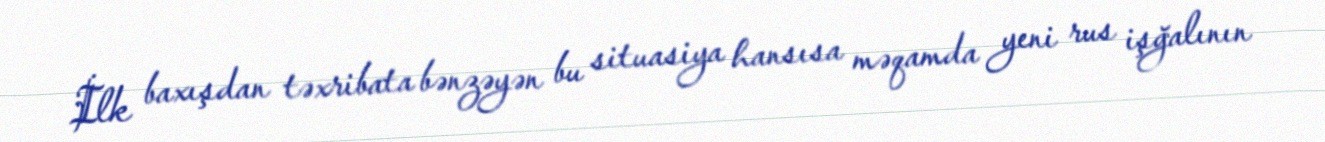
İlk baxışdan təxribata bənzəyən bu situasiya hansısa məqamda yeni rus işğalının